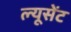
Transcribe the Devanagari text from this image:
ल्यूसेंट